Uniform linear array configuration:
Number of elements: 12
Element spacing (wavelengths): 0.5
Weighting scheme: kaiser
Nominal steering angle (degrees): -60
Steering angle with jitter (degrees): -60.984
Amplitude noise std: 0.05
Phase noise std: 0.05

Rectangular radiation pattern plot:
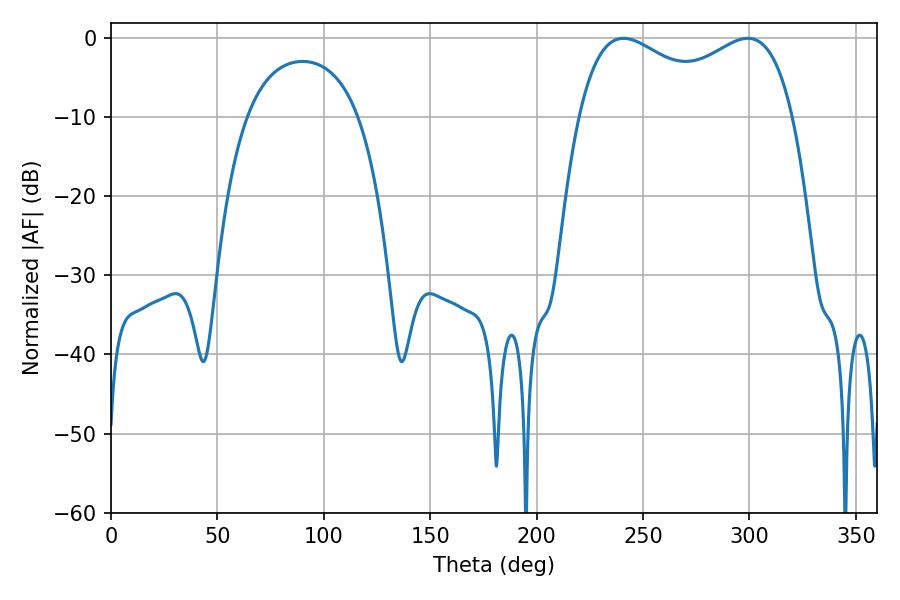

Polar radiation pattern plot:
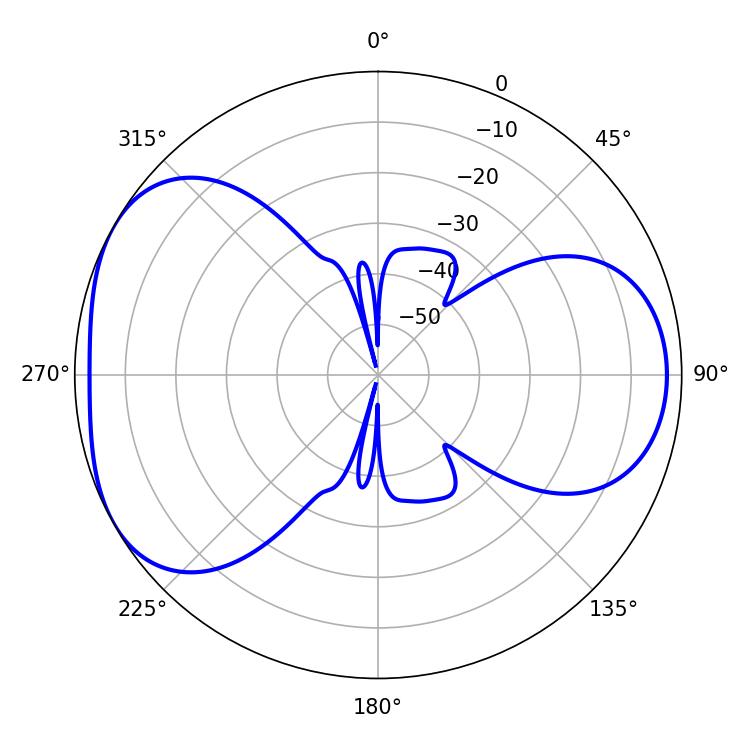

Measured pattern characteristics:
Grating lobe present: FALSE
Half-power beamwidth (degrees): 83.88
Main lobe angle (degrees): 240.84